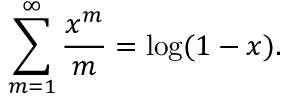
\sum _ { m = 1 } ^ { \infty } { \frac { x ^ { m } } { m } } = \log ( 1 - x ) .